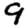
Digit: 9